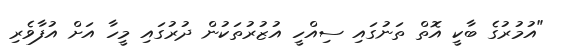
"އުމުރުގެ ބާކީ އޮތް ތަނުގައި ސިއްހީ އުޒުރުތަކުން ދުރުގައި މީހާ އަށް އުފާވެރި